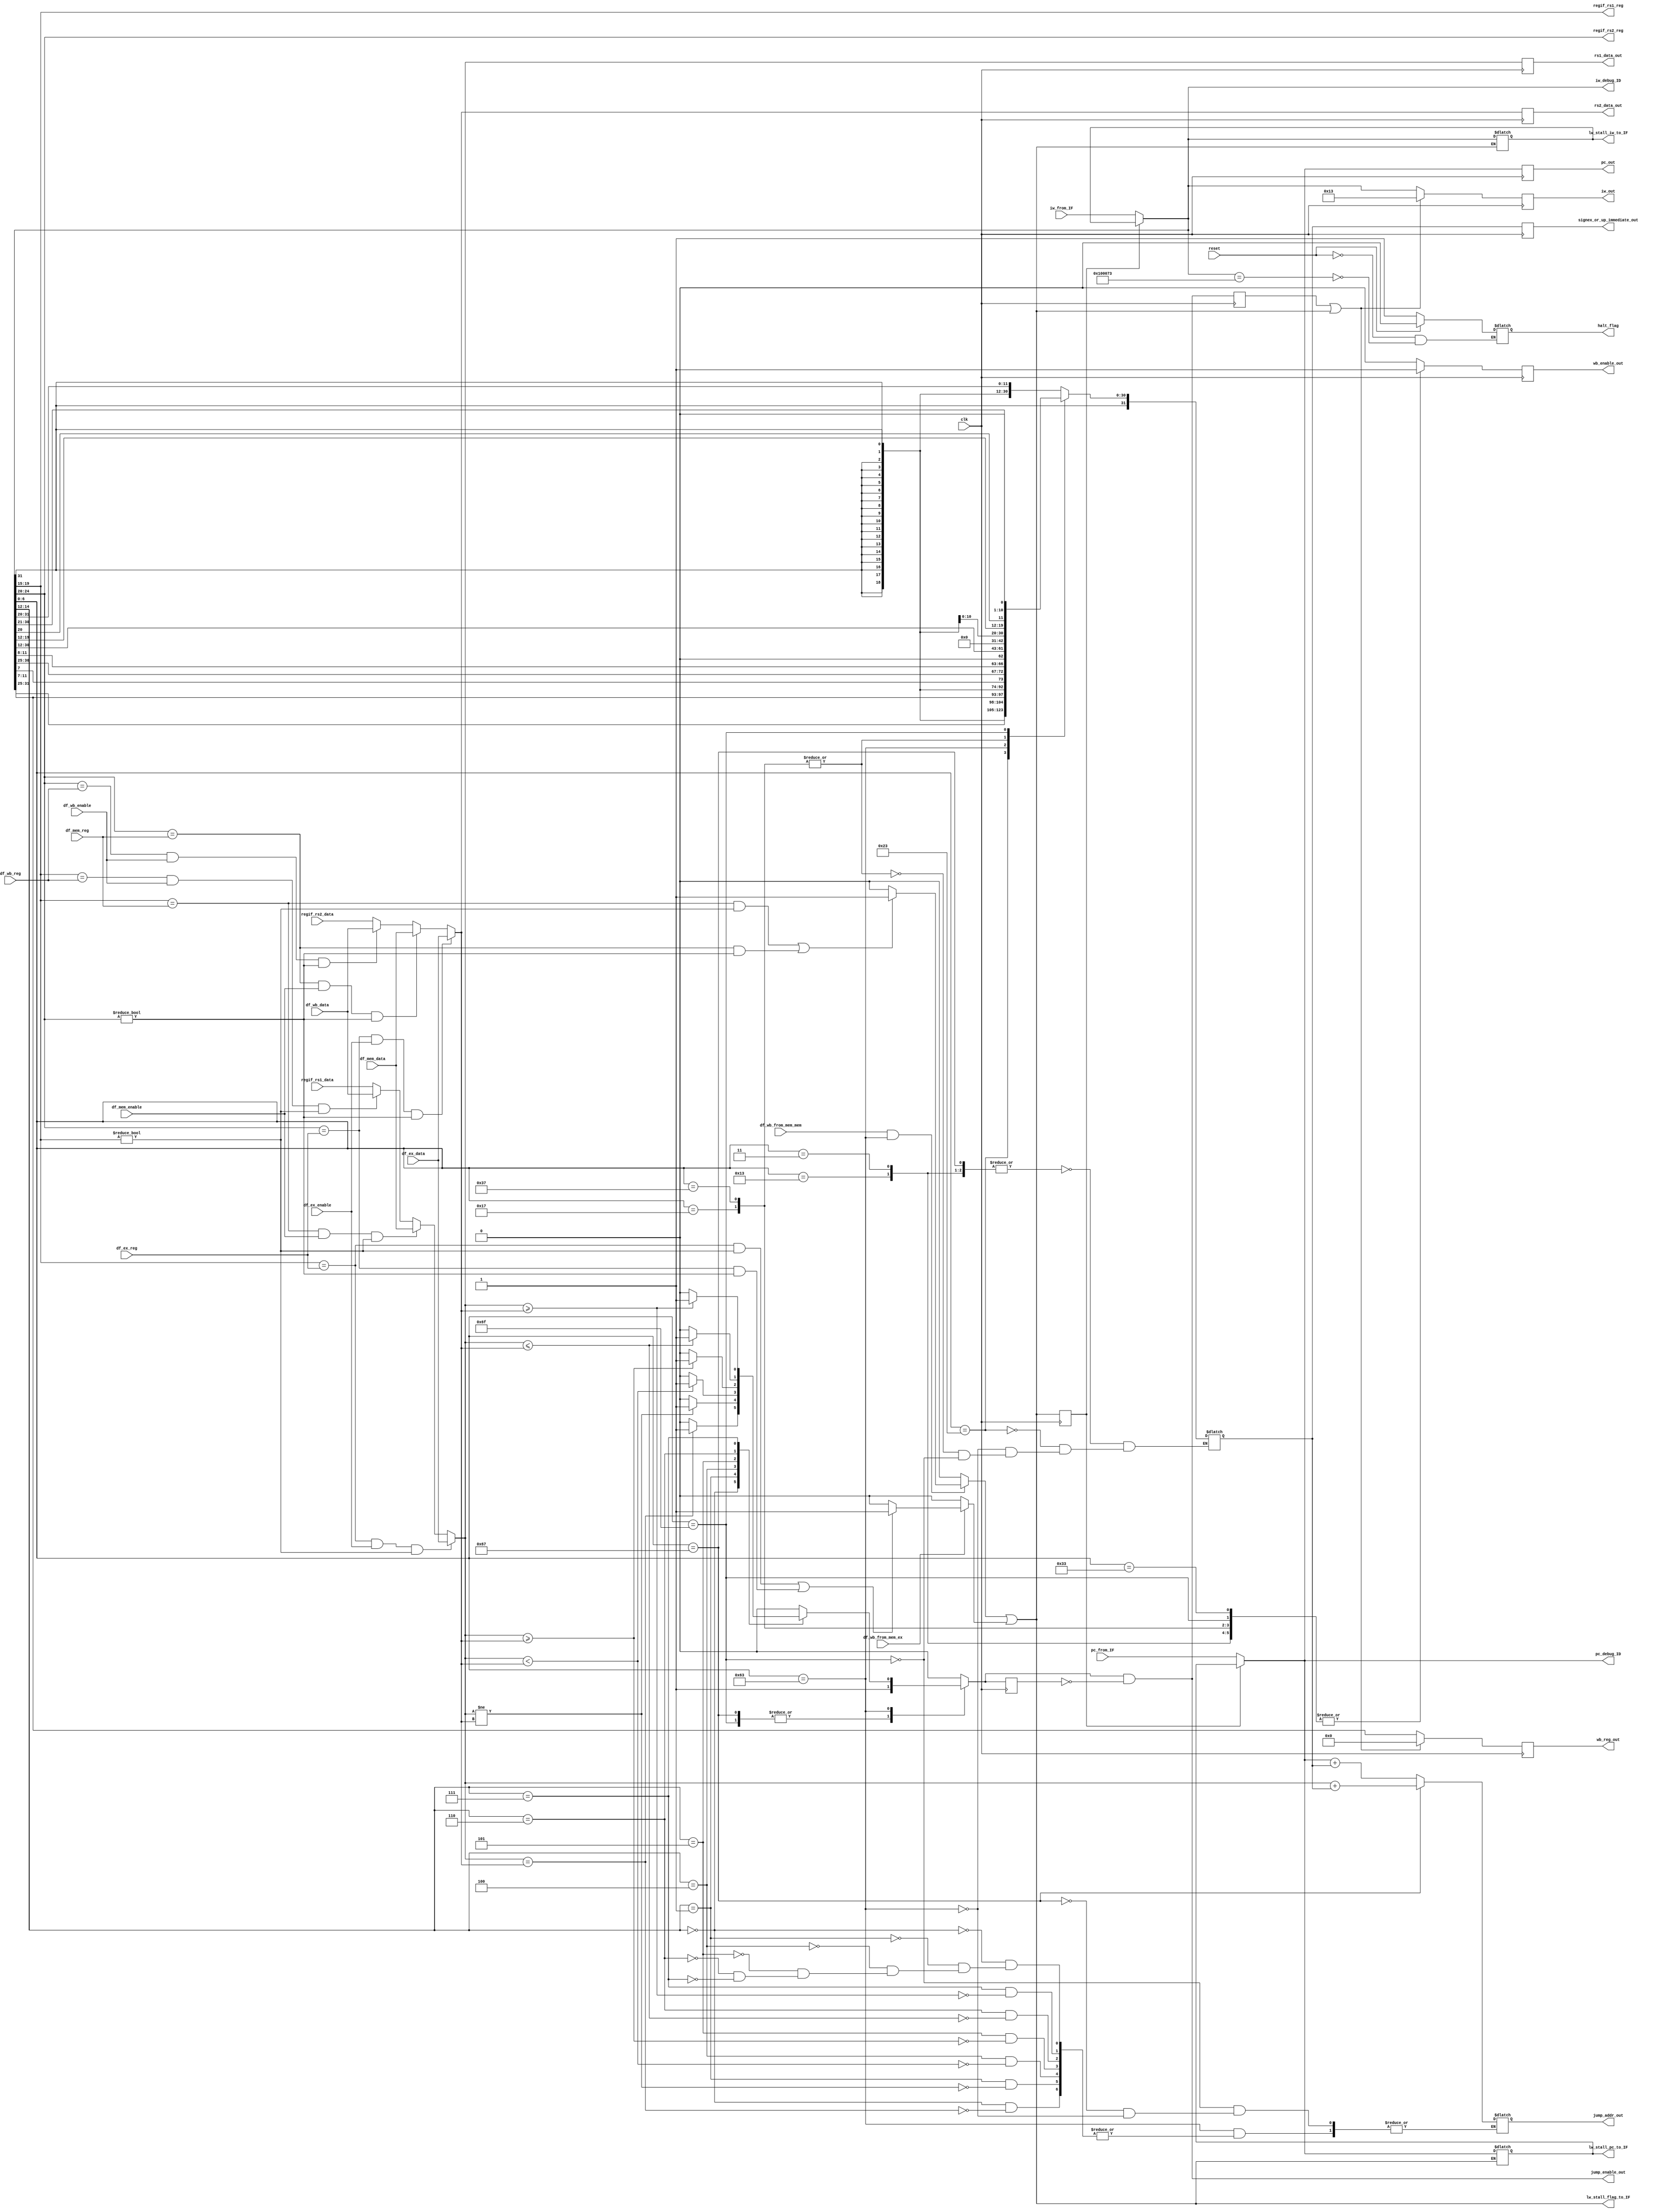
module rv32_id_top
(
	// system clock and synchronous reset
	input 					clk								,
	input 					reset								,
	// from if
	input 		[31:0] 	pc_from_IF						,
	input			[31:0] 	iw_from_IF						,
	// register interface
	output 		[4:0] 	regif_rs1_reg					,
	output 		[4:0] 	regif_rs2_reg					,
	input 		[31:0] 	regif_rs1_data					,
	input 		[31:0] 	regif_rs2_data					,
	// to ex
	output reg 	[31:0] 	rs1_data_out					,
	output reg 	[31:0] 	rs2_data_out					,
	output reg 	[31:0] 	pc_out							,
	output reg 	[31:0] 	iw_out							,
	output reg 	[4:0] 	wb_reg_out						,
	output reg 				wb_enable_out					,
	output reg  [31:0]	signex_or_up_immediate_out	,
	//to if 
	output reg 				halt_flag						,
	output 					jump_enable_out				,
	output 		[31:0] 	jump_addr_out					,
	//data hazard related signals 
	//from ex
	input						df_ex_enable					,
	input			[4:0]		df_ex_reg						,
	input 		[31:0]	df_ex_data						,
	//from mem
	input						df_mem_enable					,
	input			[4:0]		df_mem_reg						,
	input 		[31:0]	df_mem_data						,
	//from wb
	input						df_wb_enable					,
	input			[4:0]		df_wb_reg						,
	input 		[31:0]	df_wb_data						,
	
	//lw_stall related signals to ID 
	output					lw_stall_flag_to_IF			,
	output		[31:0]	lw_stall_pc_to_IF				,
	output		[31:0]	lw_stall_iw_to_IF				,
	//load Hazard related signals 
	//from ex  
	input 					df_wb_from_mem_ex				,
	//from mem 
	input 					df_wb_from_mem_mem 			,
	
	//debug signals 
	output		[31:0]	iw_debug_ID						,
	output		[31:0]	pc_debug_ID						
	
);

	//These are the type of instructions which requires data to be written to the destination register 
	parameter	R_type			=	7'b0110011		;
	parameter	I_type_LOAD		=	7'b0000011		;	
	parameter	I_type_ALU		=	7'b0010011		;//same as parameter	I_type_OPER	in EX module ,felt ALU is sophisticated name 
		//Test These instructions in the future labs 
	parameter	U_type_LUI		=	7'b0110111		;
	parameter	U_type_AUIPC	=	7'b0010111		;
	
	//The below mentioned type of instructions are the one which require address jumping 
		//J-type
	parameter	J_type		=	7'b1101111	;	
		//JUMP AND LINK	
	parameter	I_type_JALR	=	7'b1100111	;
		//B-type
	parameter	B_type		=	7'b1100011	;	
	parameter 	BEQ			=	3'b000		;
	parameter	BNE			=	3'b001		;
	parameter	BLT			=	3'b100		;	
	parameter 	BGE			=	3'b101		;
	parameter	BLTU			=	3'b110		;
	parameter	BGEU			=	3'b111		;
	
	parameter	S_type		=	7'b0100011	;	
	parameter   E_BREAK		=	32'h00100073;
	
	wire 	[6:0] 	opcode							;
	wire	[2:0]		funct3							;
	wire signed	[31:0]	rs1_data_in_temp				;
	wire signed	[31:0]	rs2_data_in_temp				;
	reg	[31:0]	rs1_data_out_buff				;
	reg	[31:0]	rs2_data_out_buff				;
	reg	[31:0]	signex_or_up_immediate		;
	reg				jump_enable						;
	reg				jump_enable_del				;
	wire				jump_enable_rsg				;
	reg				jump_enable_rsg_del			;
	reg	[31:0]	jump_addr						;
	reg				lw_stall_op						;
	reg				lw_stall_br						;
	wire				lw_stall							;
	reg				lw_stall_del					;
	
	reg	[31:0]	iw_in								;
	reg	[31:0]	pc_in								;
	reg	[31:0]	iw_stall							;
	reg	[31:0]	pc_stall							;
 	
	always @(*)
	begin
		if(lw_stall_del)
		begin
			iw_in	=	iw_stall	;
			pc_in	=	pc_stall	;
		end 
		else
		begin
			iw_in	=	iw_from_IF	;
			pc_in	=	pc_from_IF	;
		end 
	end 
	
	assign 	opcode 			= 	iw_in[6:0]		;
	assign 	funct3			=	iw_in[14:12]	;
	assign 	regif_rs1_reg	=	iw_in[19:15]	;
	assign 	regif_rs2_reg	=	iw_in[24:20]	;
	
	
	//load data hazard detection 
	always @(*)
	begin
		if(df_wb_from_mem_ex)
		begin
			if(((regif_rs1_reg == df_ex_reg) && (regif_rs1_reg != 0)) || ((regif_rs2_reg == df_ex_reg) && (regif_rs2_reg != 0)))
				lw_stall_op	=	1'b1	;
			else
				lw_stall_op	=	1'b0	;
		end
		else
			lw_stall_op = 1'b0	;
	end 

	//load data hazard detection (Branch)
	always @(*)
	begin
		if((df_wb_from_mem_mem == 1'b1)&&(opcode == B_type))
		begin
			if(((regif_rs1_reg == df_mem_reg) && (regif_rs1_reg != 0)) || ((regif_rs2_reg == df_mem_reg) && (regif_rs2_reg != 0)))
				lw_stall_br	=	1'b1	;
			else
				lw_stall_br	=	1'b0	;
		end 
		else
			lw_stall_br = 1'b0	;
	end 	
	
	assign lw_stall = lw_stall_br | lw_stall_op	;
		
	//delayed version of lw_stall to skip iw follwed by dependent instruction of load instruction and maintain the dependent instruction
	always @(posedge clk)
	begin
		lw_stall_del			<=	lw_stall			;
	end 
	
	//save the PC and IW when there is a lw_stall
	
	always @(*)
	begin
		if(lw_stall)
		begin
			pc_stall = pc_in		;
			iw_stall = iw_in		;
		end 
		else
		begin
			pc_stall = pc_stall	;
			iw_stall = iw_stall	;
		end
	end 
	
	assign lw_stall_flag_to_IF	= 	lw_stall			;
	assign lw_stall_pc_to_IF	=	pc_stall			;
	assign lw_stall_iw_to_IF	=	iw_stall			;			
	
	
	//data Hazard detection 
	//For Rs1
	always @(*)
	begin
		if((regif_rs1_reg == df_ex_reg) && df_ex_enable && (regif_rs1_reg != 0))
			rs1_data_out_buff	<=	df_ex_data	;
		else if((regif_rs1_reg == df_mem_reg) && df_mem_enable && (regif_rs1_reg != 0))
			rs1_data_out_buff	<=	df_mem_data	;
		else if((regif_rs1_reg == df_wb_reg) && df_wb_enable && (regif_rs1_reg != 0))
			rs1_data_out_buff	<=	df_wb_data	;
		else
			rs1_data_out_buff	<=	regif_rs1_data				;
	end 
	//For Rs2
	always @(*)
	begin
		if((regif_rs2_reg == df_ex_reg) && df_ex_enable && (regif_rs2_reg != 0))
			rs2_data_out_buff	<=	df_ex_data	;
		else if((regif_rs2_reg == df_mem_reg) && df_mem_enable && (regif_rs2_reg != 0))
			rs2_data_out_buff	<=	df_mem_data	;
		else if((regif_rs2_reg == df_wb_reg) && df_wb_enable && (regif_rs2_reg != 0))
			rs2_data_out_buff	<=	df_wb_data	;
		else
			rs2_data_out_buff	<=	regif_rs2_data				;
	end 
	
	
	
	assign rs1_data_in_temp = rs1_data_out_buff				;
	assign rs2_data_in_temp = rs2_data_out_buff				;
	
		
	//comb always block for immediate values 
	always@(*)
	begin
		case(opcode)
			
				//For I-type,funct7 and rs2 are replaced by 12-bit immediate
				I_type_JALR,I_type_LOAD,I_type_ALU:
				
						signex_or_up_immediate	=	{{20{iw_in[31]}},iw_in[31:20]}	;
						
				//For S-type,funct7 and rd are replaced by 12-bit immediate
				S_type:						
				
						signex_or_up_immediate	=	{{20{iw_in[31]}},iw_in[31:25],iw_in[11:7]}	;
				
				//For B-type,funct7 and rd are replaced by 13-bit immediate in 12-bit format i.e 0th bit is discarded because it is always '0'
				B_type:
				
						signex_or_up_immediate	=	{{20{iw_in[31]}},iw_in[7],iw_in[30:25],iw_in[11:8],1'b0}	;//This can be considered as left shift by 1 or multiplication by 2 
				
				//For U-type,funct7,rs2,rs1 are replaced by 20-bit upper immediate
				U_type_LUI,U_type_AUIPC:
						
						signex_or_up_immediate	=	{iw_in[31:12],{12{1'b0}}}	;
	
				//For J-type,funct7 and rd are replaced by 21-bit immediate in 20-bit format i.e 0th bit is discarded because it is always '0'
				J_type:
				
						signex_or_up_immediate	=	{{12{iw_in[31]}},iw_in[19:12],iw_in[20],iw_in[30:21],1'b0}	;//This can be considered as left shift by 1 or multiplication by 2 
		
				default:signex_or_up_immediate = signex_or_up_immediate	;
		endcase
	end
	
	//generating the jump enable and jump address 
	always @(*)
	begin
		case(opcode)
			J_type:
			begin
				jump_enable	<=	1'b1										;
				jump_addr	<=	pc_in + signex_or_up_immediate	;
			end
			
			I_type_JALR:
			begin
				jump_enable	<=	1'b1										;
				jump_addr	<=	rs1_data_out_buff + signex_or_up_immediate	;
			end
			
			B_type:
					case(funct3)
						BEQ:
						begin
							if(rs1_data_in_temp == rs2_data_in_temp)
							begin
								jump_enable	<=	1'b1										;
								jump_addr	<=	pc_in + signex_or_up_immediate	;
							end
							else
							begin
								jump_enable	<=	1'b0										;
								jump_addr	<=	jump_addr								;
							end 
						end
						BNE:
						begin
							if(rs1_data_in_temp != rs2_data_in_temp)
							begin
								jump_enable	<=	1'b1										;
								jump_addr	<=	pc_in + signex_or_up_immediate	;
							end
							else
							begin
								jump_enable	<=	1'b0										;
								jump_addr	<=	jump_addr								;
							end  
						end
						BLT:
						begin
							if(rs1_data_in_temp < rs2_data_in_temp)
							begin
								jump_enable	<=	1'b1										;
								jump_addr	<=	pc_in + signex_or_up_immediate	;
							end
							else
							begin
								jump_enable	<=	1'b0										;
								jump_addr	<=	jump_addr								;
							end  
						end
						BGE:
						begin
							if(rs1_data_in_temp >= rs2_data_in_temp)
							begin
								jump_enable	<=	1'b1										;
								jump_addr	<=	pc_in + signex_or_up_immediate	;
							end
							else
							begin
								jump_enable	<=	1'b0										;
								jump_addr	<=	jump_addr								;
							end  
						end
						BLTU:
						begin
							if({1'b0,rs1_data_out_buff}<={1'b0,rs2_data_out_buff})
							begin
								jump_enable	<=	1'b1										;
								jump_addr	<=	pc_in + signex_or_up_immediate	;
							end
							else
							begin
								jump_enable	<=	1'b0										;
								jump_addr	<=	jump_addr								;
							end  
						end
						BGEU:
						begin
							if({1'b0,rs1_data_out_buff}>={1'b0,rs2_data_out_buff})
							begin
								jump_enable	<=	1'b1										;
								jump_addr	<=	pc_in + signex_or_up_immediate	;
							end
							else
							begin
								jump_enable	<=	1'b0										;
								jump_addr	<=	jump_addr								;
							end  
						end
						default:begin jump_enable <=	1'b0	; jump_addr	<=	jump_addr	;	end 
					endcase
			default:begin jump_enable <=	1'b0	; jump_addr	<=	jump_addr	;	end 	
		endcase
	end
	
	//assign jump_enable_out 	= jump_enable	;
	assign jump_enable_out 	= jump_enable_rsg	;
	assign jump_addr_out		= jump_addr			;
	
	
	//delayed version of jump enable to skip iw follwed by branch instruction as well as to skip the back to back jumps
	always @(posedge clk)
	begin
		jump_enable_del		<=	jump_enable			;
		jump_enable_rsg_del	<=	jump_enable_rsg	;
	end 
	
assign jump_enable_rsg = jump_enable & ~jump_enable_del	;

		
	
		
	//register the outputs which are going to EX stage 
	always @(posedge clk)
	begin
		rs1_data_out					<=	rs1_data_out_buff				;
	   rs2_data_out					<=	rs2_data_out_buff				;
		pc_out							<=	pc_in								;
		signex_or_up_immediate_out	<=	signex_or_up_immediate		;
	end 
	
	always @(posedge clk)
	begin
		if(jump_enable_rsg_del || lw_stall)
		begin
			iw_out		<=	32'h00000013	;
			wb_reg_out	<=	5'd0				;
		end
		else
		begin
			iw_out		<=	iw_in				;
			wb_reg_out	<=	iw_in[11:7]		;
		end
	end 
	
		//generating wb_enable 
	always @(posedge clk)
	begin
		//wb_reg_out	<=	iw_in[11:7]		;
		case(opcode)
			R_type,I_type_LOAD,I_type_ALU,U_type_LUI,U_type_AUIPC,J_type:
			begin
				wb_enable_out	<=	1'b1	;	
			end
			default:	
				wb_enable_out	<=	1'b0	;
		endcase
	end 
	
	//Halt detection 
	always @(*)
	begin
		if(reset)
			halt_flag	<=	1'b0	;
		//else if((iw_in[20] == 1'b1)&&(iw_in[6:0] == 7'b1110011))  //This is the decoding of instruction for EBREAK instruction 
		else if(iw_in == E_BREAK)
			halt_flag	<=	1'b1	;
		else
			halt_flag	<=	halt_flag	;
	end 
	
	//debug signals 
	assign iw_debug_ID = iw_in	;
	assign pc_debug_ID = pc_in	;
	
endmodule